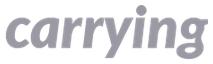
carrying